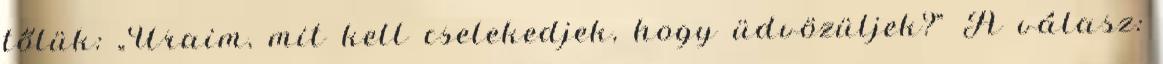
tőlük: „Uraim, mit kell cselekedjek, hogy üdvözüljek?” A válasz: